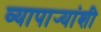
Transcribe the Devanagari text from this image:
व्यापार्‍यांशी